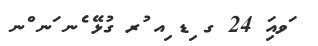
ަވއިަ 24 ގ ިޑ ިއ ުރ ގުޅޭ ެނ ަނ ްނ